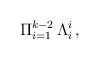
LaTeX: \begin{align*}\Pi_{i=1}^{k-2} \, \Lambda^i_{i} \, , \end{align*}